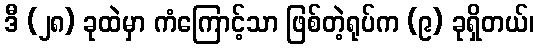
ဒီ (၂၈) ခုထဲမှာ ကံကြောင့်သာ ဖြစ်တဲ့ရုပ်က (၉) ခုရှိတယ်၊